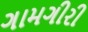
ગામગીરી